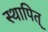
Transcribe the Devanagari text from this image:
स्थापित्